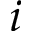
i